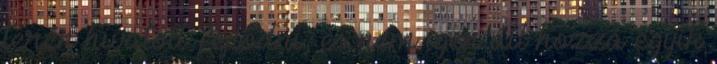
terén hivatott fejlődni, és nem igen áll hozzá egyik